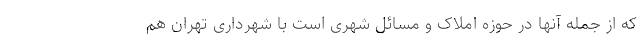
که از جمله آنها در حوزه املاک و مسائل شهری است با شهرداری تهران هم